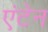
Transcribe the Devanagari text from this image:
एंटेन